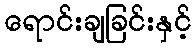
ရောင်းချခြင်းနှင့်